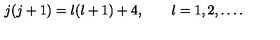
j ( j + 1 ) = l ( l + 1 ) + 4 , \qquad l = 1 , 2 , \ldots .